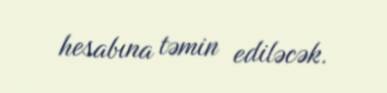
hesabına təmin ediləcək.